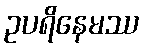
ဥပရိနေမဿ